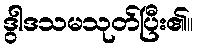
ဒွါဒသမသုတ်ပြီး၏။